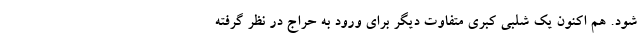
شود. هم اکنون یک شلبی کبری متفاوت دیگر برای ورود به حراج در نظر گرفته